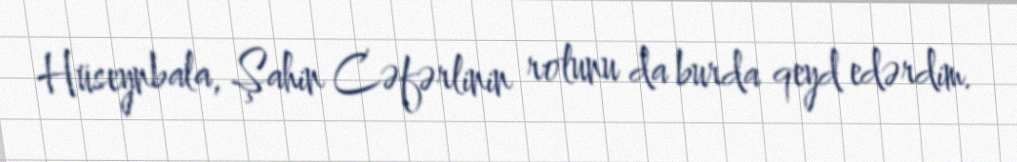
Hüseynbala, Şahin Cəfərlinin rolunu da burda qeyd edərdim.